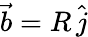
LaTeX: \vec{b}=R\, \hat{j}